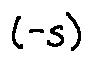
( - s )